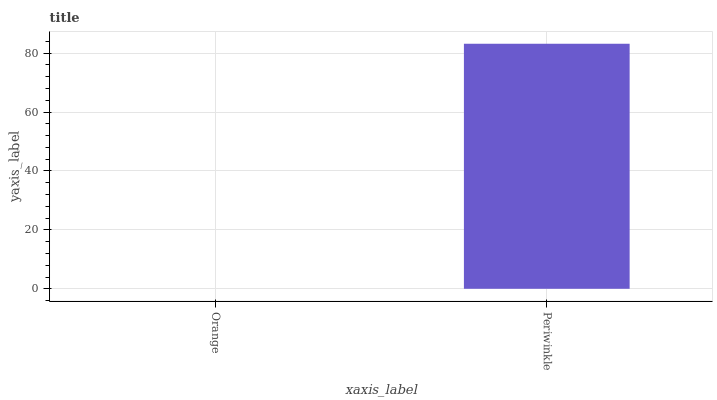
| xaxis_label | bars |
 | --- | --- |
 | Orange | 0 |
 | Periwinkle | 83.2 |